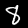
Label: 8